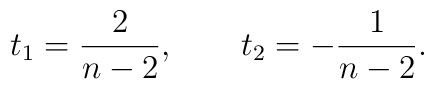
t_1={2 \over n-2}, \qquad t_2=-{1 \over n-2}.